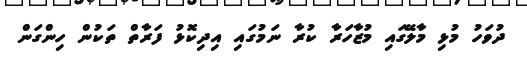
ދުވަހު މުޅި މާލޭގައި މުޒާހަރާ ކުރާ ނަމުގައި އިދިކޮޅު ފަރާތް ތަކުން ހިންގަން